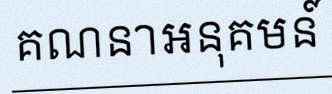
គណនាអនុគមន៍